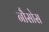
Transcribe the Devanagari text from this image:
नौसोस